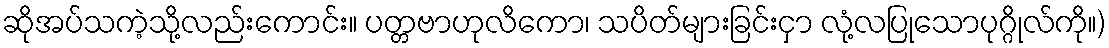
ဆိုအပ်သကဲ့သို့လည်းကောင်း။ ပတ္တဗာဟုလိကော၊ သပိတ်များခြင်းငှာ လုံ့လပြုသောပုဂ္ဂိုလ်ကို။)